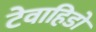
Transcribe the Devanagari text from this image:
टेवाहिडो